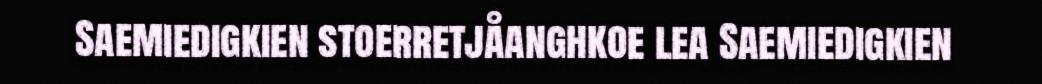
Saemiedigkien stoerretjåanghkoe lea Saemiedigkien